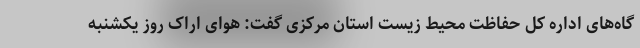
گاه‌های اداره کل حفاظت محیط زیست استان مرکزی گفت: هوای اراک روز یکشنبه